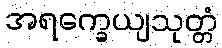
အရက္ခေယျသုတ္တံ